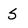
Character: S